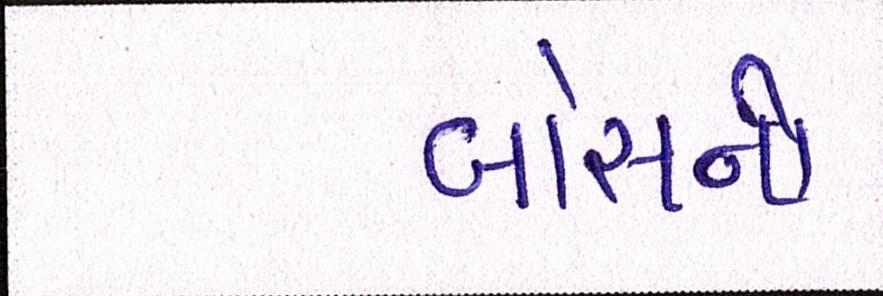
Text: બોસની